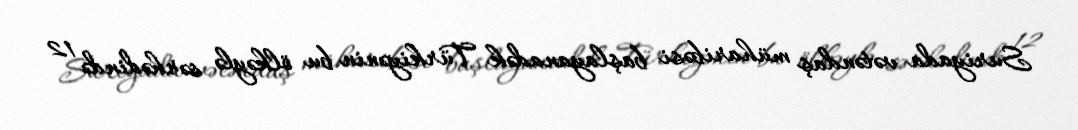
Suriyada vətəndaş müharibəsi başlayanadək Türkiyənin bu ölkəylə sərhədində 12